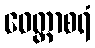
ဝေတ္တာစရံ